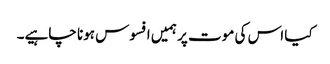
کیا اس کی موت پر ہمیں افسوس ہونا چاہیے۔